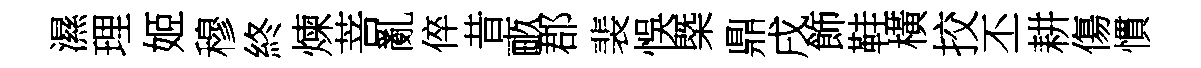
濕理姬穆終煉菩亂倅昔畞郡裴悞㮣鼎戌飾鞋橫挍丕耕傷慣